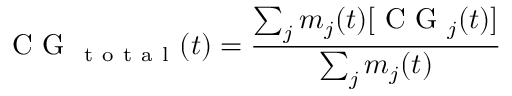
\mathrm { ~ C ~ G ~ } _ { \mathrm { ~ t ~ o ~ t ~ a ~ l ~ } } ( t ) = \frac { \sum _ { j } m _ { j } ( t ) [ \mathrm { ~ C ~ G ~ } _ { j } ( t ) ] } { \sum _ { j } m _ { j } ( t ) }